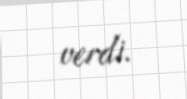
verdi.